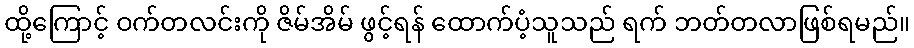
ထို့ကြောင့် ဝက်တလင်းကို ဇိမ်အိမ် ဖွင့်ရန် ထောက်ပံ့သူသည် ရက် ဘတ်တလာဖြစ်ရမည်။